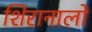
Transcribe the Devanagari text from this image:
शिरानालों